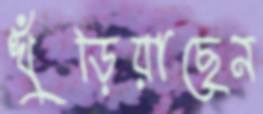
খুঁড়িয়াছেন